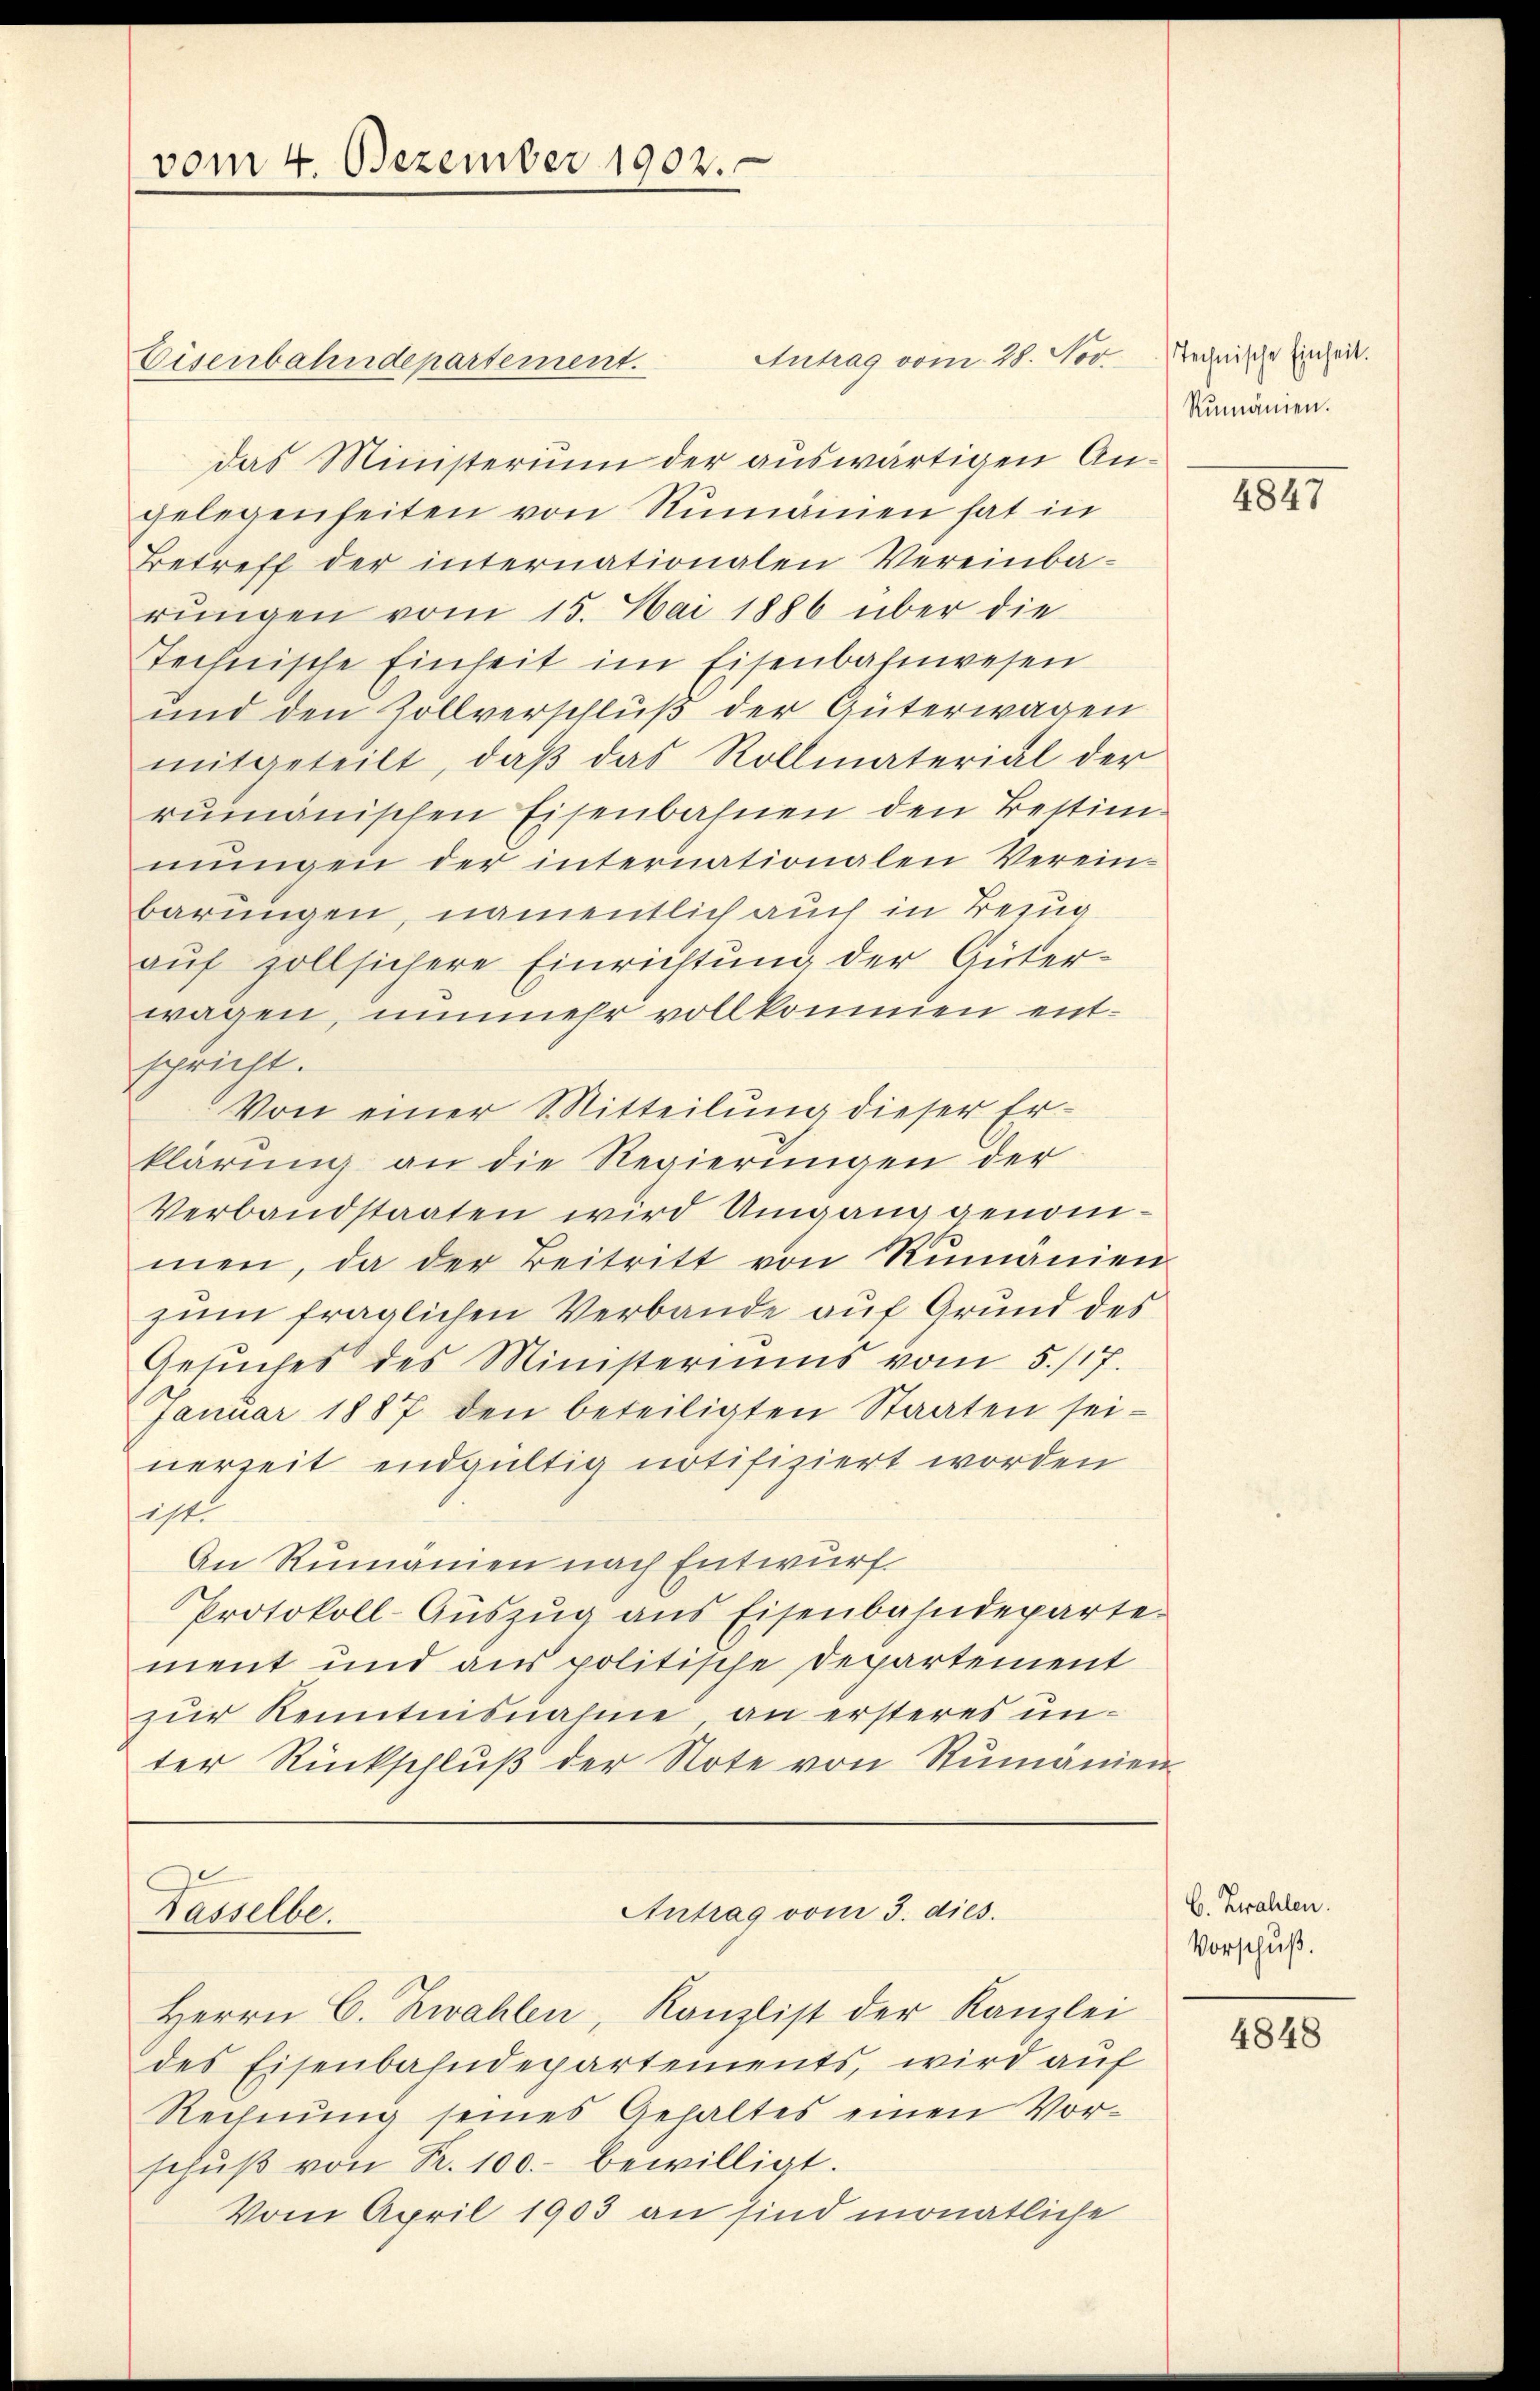
Eisenbahndepartement.
das Ministerium der auswärtigen Angelegenheiten von Rumänen hat in
Betreff der internationalen Vereinba-
rŭngen vom 15. Mai 1886 über die
Technische Einheit im Eisenbahnwesen
und den Zollverschluß der Güterwagen
mitgeteilt, daß das Rollmaterial der
rumänischen Eisenbahnen den Bestimmungen der internationalen Vereinbarungen, namentlich auch in Bezug
auf soll sichere Einrichtung der Güterwagen, nunmehr vollkommen entschricht.
Von einer Sitteilung dieser Erklärung an die Regierungen der
Verbandstaaten wird Umgang genommen, da der Beitritt von Rumanien
zum fraglichen Verbande auf Grund des
Gesuches des Ministeriums vom 5./17.
Januar 1887 den beteiligten Staaten sei-
nerzeit endgültig notifiziert worden
iht.
An Rumanien nach Entwurf.
Protokoll-Aŭszŭg ans Eisenbahndeparte.
ment und aus politische Departement
zur Kenntnisnahme an ersteres unter Rückschlŭβ der Note von Rumänien

vom 4. Dezember 1902.

Tasselbe.

Antrag vom 28. Nov.

Herrn C. Zwahlen, Kanzlist der Kanzlei
des Eisenbahndepartements, wird auf
Rechnung seines Gehaltes einen Vorschŭβ von R. 100.- bewilligt.
Vom April 1903 an sind monatliche

Antrag vom 3. dies.

Technische Einheit.
Rumänien.

4847

b. Zwahlen.
Vorschuß.

4848